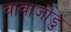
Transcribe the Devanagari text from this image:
वावाजोडुं